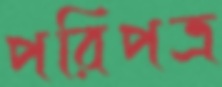
পরিপত্র